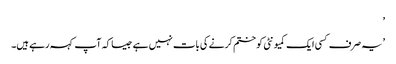
’
’یہ صرف کسی ایک کمیونٹی کو ختم کرنے کی بات نہیں ہے جیسا کہ آپ کہہ رہے ہیں۔